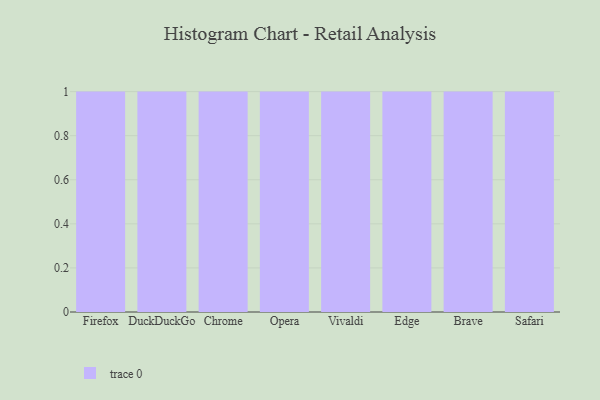
{"axis": {"x": "Browser", "y": "Population (Million)"}, "legend": [""], "data": [{"x": "Firefox", "y": 36, "type": ""}, {"x": "DuckDuckGo", "y": 44, "type": ""}, {"x": "Chrome", "y": 94, "type": ""}, {"x": "Opera", "y": 73, "type": ""}, {"x": "Vivaldi", "y": 72, "type": ""}, {"x": "Edge", "y": 24, "type": ""}, {"x": "Brave", "y": 33, "type": ""}, {"x": "Safari", "y": 33, "type": ""}]}